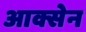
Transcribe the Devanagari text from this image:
आक्सेन